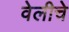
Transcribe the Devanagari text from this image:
वेलीचे